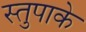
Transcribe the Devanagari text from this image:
स्तुपाके